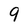
Character: 9